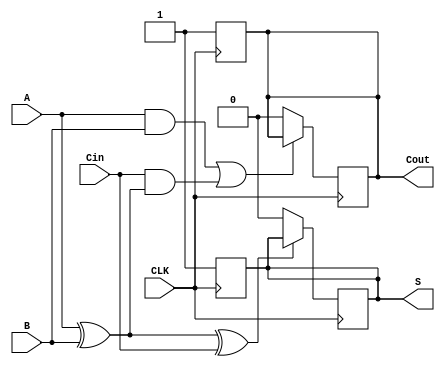
module DynamicFullAdder (
    input wire A,
    input wire B,
    input wire Cin,
    input wire CLK,
    output reg S,
    output reg Cout
);

    reg S_n; // Intermediate signal for S
    reg Cout_n; // Intermediate signal for Cout

    always @(*) begin
        // Compute intermediate values for S and Cout
        S_n = A ^ B ^ Cin; // S = A  B  Cin
        Cout_n = (A & B) | (Cin & (A ^ B)); // Cout = (A  B) + (Cin  (A  B))
    end

    always @(negedge CLK) begin
        // Precharge phase (on falling edge of CLK)
        S <= 1;    // Precharge S to 1
        Cout <= 1; // Precharge Cout to 1
    end

    always @(posedge CLK) begin
        // Evaluate phase (on rising edge of CLK)
        if (S_n == 0)
            S <= 0; // Discharge S if the condition is met
        if (Cout_n == 0)
            Cout <= 0; // Discharge Cout if the condition is met
    end

endmodule